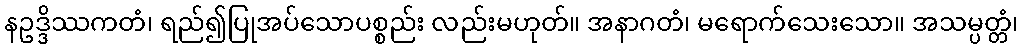
နဥဒ္ဒိဿကတံ၊ ရည်၍ပြုအပ်သောပစ္စည်း လည်းမဟုတ်။ အနာဂတံ၊ မရောက်သေးသော။ အသမ္ပတ္တံ၊